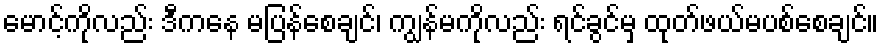
မောင့်ကိုလည်း ဒီကနေ မပြန်စေချင်၊ ကျွန်မကိုလည်း ရင်ခွင်မှ ထုတ်ဖယ်မပစ်စေချင်။